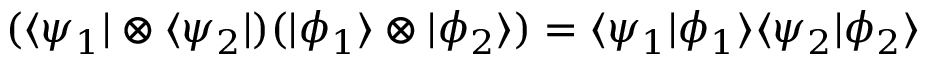
( \langle \psi _ { 1 } \vert \otimes \langle \psi _ { 2 } \vert ) ( \vert \phi _ { 1 } \rangle \otimes \vert \phi _ { 2 } \rangle ) = \langle \psi _ { 1 } \vert \phi _ { 1 } \rangle \langle \psi _ { 2 } \vert \phi _ { 2 } \rangle